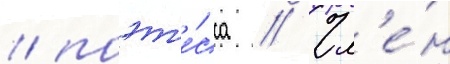
/ поэт'е́сса // Чл'е́н